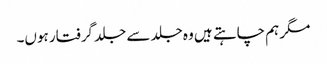
مگر ہم چاہتے ہیں وہ جلد سے جلد گرفتار ہوں۔